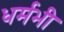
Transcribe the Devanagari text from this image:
धर्मभी